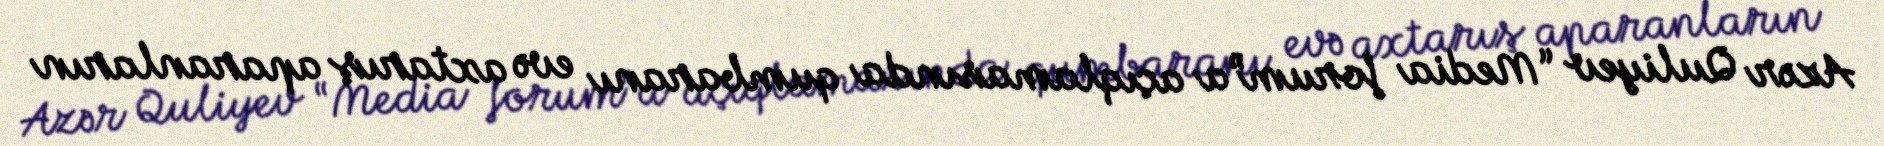
Azər Quliyev “Media forum”a açıqlamasında qumbaranı evə axtarış aparanların